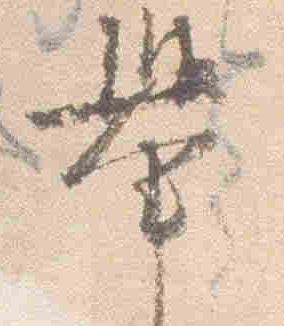
挙